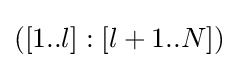
([1..l]:[l+1..N])